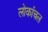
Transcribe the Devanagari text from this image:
लोकांचल